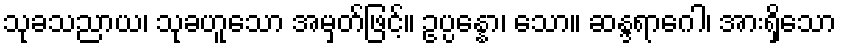
သုခသညာယ၊ သုခဟူသော အမှတ်ဖြင့်။ ဥပ္ပန္နော၊ သော။ ဆန္ဒရာဂေါ၊ အားရှိသော